Lunatic asylums Bombay report 1878-1890 - 1878-1890
Year: 1878
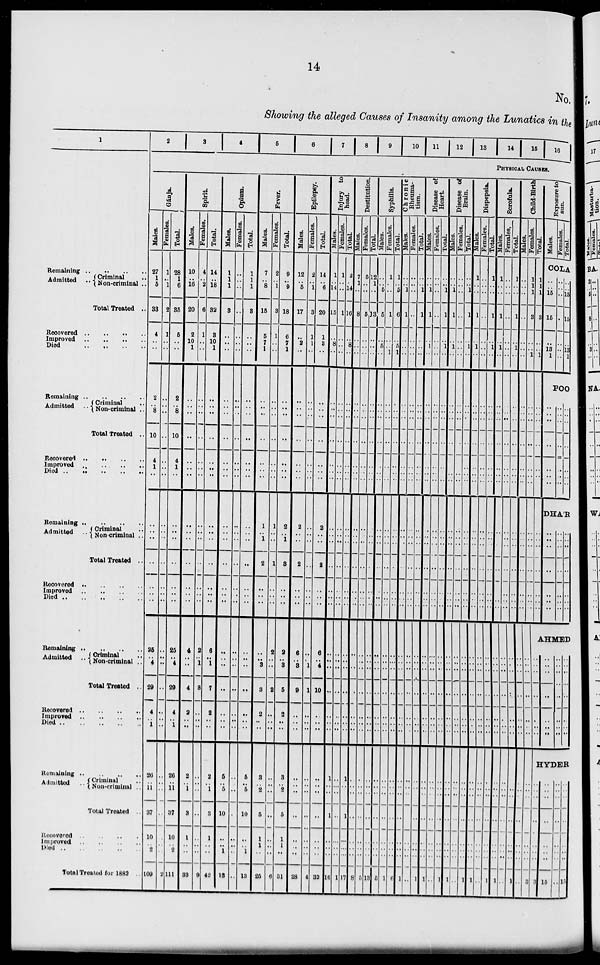
14
No.
Showing the alleged Causes of Insanity among the Lunatics in the
1
Remaining ..
..
..
..
Admitted
..
Criminal ..
Non-criminal ..
Total Treated ..
Recovered .. .. .. ..
Improved .. .. .. ..
Died .. .. .. ..
Remaining
..
..
..
..
Admitted ..
Criminal ..
Non-criminal ..
Total Treated ..
Recovered .. .. .. ..
Improved
..
..
..
..
Died
..
..
..
..
Remaining
..
..
..
..
Admitted
Criminal ..
Non-criminal ..
Total Treated ..
Recovered .. .. .. ..
Improved
.. .. .. ..
Died .. .. .. .. ..
Remaining .. .. .. ..
Admitted.. Criminal ..
Non-criminal ..
Total Treated ..
Recovered
..
..
..
..
Improved
..
..
..
..
Died
..
..
..
..
..
Remaining
..
..
..
..
Admitted .. Criminal ..
Non-criminal ..
Total Treated ..
Recovered .. .. .. ..
Improved
..
..
..
..
Died
..
..
..
..
..
Total Treated for 1882 ..
2
3
4
5
6
7
8 9 10 11 12 13 14 15 16
Gánja.
Males.
27
1
5
33
4
..
..
2
..
8
10
4
1
..
..
..
..
..
..
..
..
25
..
4
29
4
..
1
26
..
11
37
10
..
2
109
Females.
1
..
1
2
1
..
..
..
..
..
..
..
..
..
..
..
..
..
..
..
..
..
..
..
..
..
..
..
..
..
..
..
..
..
..
2
Total.
28
1
6
35
5
..
..
2
..
8
10
4
1
..
..
..
..
..
..
..
..
25
..
4
29
4
..
1
26
..
11
37
10
..
2
111
Spirit.
Males.
10
..
16
20
2
10
1
..
..
..
..
..
..
..
..
..
..
..
..
..
..
4
..
..
4
2
..
..
2
..
1
3
1
..
..
33
Females.
4
..
2
6
1
..
..
..
..
..
..
..
..
..
..
..
..
..
..
..
..
2
..
1
3
..
..
..
..
..
..
..
..
..
..
9
Total.
14
..
18
32
3
10
1
..
..
..
..
..
..
..
..
..
..
..
..
..
..
6
..
1
7
2
..
..
2
..
1
3
1
..
..
42
Opium.
Males.
1
1
1
3
..
..
..
..
..
..
..
..
..
..
..
..
..
..
..
..
..
..
..
..
..
..
..
..
5
..
5
10
..
..
1
13
Females.
..
..
..
..
..
..
..
..
..
..
..
..
..
..
..
..
..
..
..
..
..
..
..
..
..
..
..
..
..
..
..
..
..
..
..
..
Total.
1
1
1
3
..
..
..
..
..
..
..
..
..
..
..
..
..
..
..
..
..
..
..
..
..
..
..
..
5
..
5
10
..
..
1
13
Fever.
Males.
7
..
8
15
5
7
1
..
..
..
..
..
..
..
1
..
1
2
..
..
..
..
..
3
3
2
..
..
3
..
2
5
1
1
..
25
Females.
2
..
1
3
1
..
..
..
..
..
..
..
..
..
1
..
..
1
..
..
..
2
..
..
2
..
..
..
..
..
..
..
..
..
..
6
Total.
9
..
9
18
6
7
1
..
..
..
..
..
..
..
2
..
1
3
..
..
..
2
..
3
5
2
..
..
3
..
2
5
1
1
..
31
Epilepsy.
Males.
12
..
5
17
..
2
..
..
..
..
..
..
..
..
2
..
..
2
..
..
..
6
..
3
9
..
..
..
..
..
..
..
..
..
..
28
Females.
2
..
1
3
1
1
..
..
..
..
..
..
..
..
..
..
..
..
..
..
..
..
..
1
1
..
..
..
..
..
..
..
..
..
..
4
Total.
14
..
6
20
1
3
..
..
..
..
..
..
..
..
2
..
..
2
..
..
..
6
..
4
10
..
..
..
..
..
..
..
..
..
..
32
Injury to
head.
Males.
1
..
14
15
..
8
..
..
..
..
..
..
..
..
..
..
..
..
..
..
..
..
..
..
..
..
..
..
1
..
..
1
..
..
..
16
Females.
1
..
..
1
..
..
..
..
..
..
..
..
..
..
..
..
..
..
..
..
..
..
..
..
..
..
..
..
..
..
..
..
..
..
..
1
Total.
2
..
14
16
..
8
..
..
..
..
..
..
..
..
..
..
..
..
..
..
..
..
..
..
..
..
..
..
1
..
..
1
..
..
..
17
Destitution.
Males.
7
1
..
8
..
..
..
..
..
..
..
..
..
..
..
..
..
..
..
..
..
..
..
..
..
..
..
..
..
..
..
..
..
..
..
8
Females.
5
..
..
5
..
..
..
..
..
..
..
..
..
..
..
..
..
..
..
..
..
..
..
..
..
..
..
..
..
..
..
..
..
..
..
5
Total.
12
1
..
13
..
..
..
..
..
..
..
..
..
..
..
..
..
..
..
..
..
..
..
..
..
..
..
..
..
..
..
..
..
..
..
13
Syphilis.
Males.
..
..
5
5
..
5
..
..
..
..
..
..
..
..
..
..
..
..
..
..
..
..
..
..
..
..
..
..
..
..
..
..
..
..
..
5
Females.
1
..
..
1
..
..
1
..
..
..
..
..
..
..
..
..
..
..
..
..
..
..
..
..
..
..
..
..
..
..
..
..
..
..
..
1
Total.
1
..
5
6
..
5
1
..
..
..
..
..
..
..
..
..
..
..
..
..
..
..
..
..
..
..
..
..
..
..
..
..
..
..
..
6
Chronic
Rheuma-
tism.
Males.
..
..
1
1
..
..
..
..
..
..
..
..
..
..
..
..
..
..
..
..
..
..
..
..
..
..
..
..
..
..
..
..
..
..
..
1
Females.
..
..
..
..
..
..
..
..
..
..
..
..
..
..
..
..
..
..
..
..
..
..
..
..
..
..
..
..
..
..
..
..
..
..
..
..
Total.
..
..
1
1
..
..
..
..
..
..
..
..
..
..
..
..
..
..
..
..
..
..
..
..
..
..
..
..
..
..
..
..
..
..
..
1
Disease of
Heart.
Males.
..
..
1
1
..
1
..
..
..
..
..
..
..
..
..
..
..
..
..
..
..
..
..
..
..
..
..
..
..
..
..
..
..
..
..
1
Females.
..
..
..
..
..
..
..
..
..
..
..
..
..
..
..
..
..
..
..
..
..
..
..
..
..
..
..
..
..
..
..
..
..
..
..
..
Total.
..
..
1
1
..
1
..
..
..
..
..
..
..
..
..
..
..
..
..
..
..
..
..
..
..
..
..
..
..
..
..
..
..
..
..
1
Disease of
Brain.
Males.
..
..
1
1
..
1
..
..
..
..
..
..
..
..
..
..
..
..
..
..
..
..
..
..
..
..
..
..
..
..
..
..
..
..
..
1
Females.
..
..
..
..
..
..
..
..
..
..
..
..
..
..
..
..
..
..
..
..
..
..
..
..
..
..
..
..
..
..
..
..
..
..
..
..
Total.
..
..
1
1
..
1
..
..
..
..
..
..
..
..
..
..
..
..
..
..
..
..
..
..
..
..
..
..
..
..
..
..
..
..
..
1
Dispepsia.
Males.
1
..
..
1
..
1
..
..
..
..
..
..
..
..
..
..
..
..
..
..
..
..
..
..
..
..
..
..
..
..
..
..
..
..
..
1
Females.
..
..
..
..
..
..
..
..
..
..
..
..
..
..
..
..
..
..
..
..
..
..
..
..
..
..
..
..
..
..
..
..
..
..
..
..
Total.
1
..
..
1
..
1
..
..
..
..
..
..
..
..
..
..
..
..
..
..
..
..
..
..
..
..
..
..
..
..
..
..
..
..
..
1
Scrofula.
Males.
1
..
..
1
..
1
..
..
..
..
..
..
..
..
..
..
..
..
..
..
..
..
..
..
..
..
..
..
..
..
..
..
..
..
..
1
Females.
..
..
..
..
..
..
..
..
..
..
..
..
..
..
..
..
..
..
..
..
..
..
..
..
..
..
..
..
..
..
..
..
..
..
..
..
Total.
1
..
..
1
..
1
..
..
..
..
..
..
..
..
..
..
..
..
..
..
..
..
..
..
..
..
..
..
..
..
..
..
..
..
..
1
Child-Birth.
Males.
..
..
..
..
..
..
..
..
..
..
..
..
..
..
..
..
..
..
..
..
..
..
..
..
..
..
..
..
..
..
..
..
..
..
..
..
Females.
1
1
1
3
..
..
1
..
..
..
..
..
..
..
..
..
..
..
..
..
..
..
..
..
..
..
..
..
..
..
..
..
..
..
..
3
Total.
1
1
1
3
..
..
1
..
..
..
..
..
..
..
..
..
..
..
..
..
..
..
..
..
..
..
..
..
..
..
..
..
..
..
..
3
Exposure to
sun.
Males.
Females.
Total.
COLA
..
..
15
15
..
13
1
..
..
..
..
..
..
..
..
..
15
15
..
13
1
POO
..
..
..
..
..
..
..
..
..
..
..
..
..
..
..
..
..
..
..
..
..
DHA'R
..
..
..
..
..
..
..
..
..
..
..
..
..
..
..
..
..
..
..
..
..
AHMED
..
..
..
..
..
..
..
..
..
..
..
..
..
..
..
..
..
..
..
..
..
HYDER
..
..
..
..
..
..
..
15
..
..
..
..
..
..
..
..
..
..
..
..
..
..
..
15